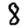
Digit: 8